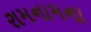
રામનામના